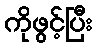
ကိုဖွင့်ပြီး